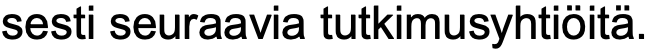
sesti seuraavia tutkimusyhtiöitä.